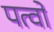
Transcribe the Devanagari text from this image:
पत्वों